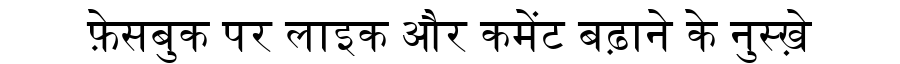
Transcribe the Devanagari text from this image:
फ़ेसबुक पर लाइक और कमेंट बढ़ाने के नुस्ख़े